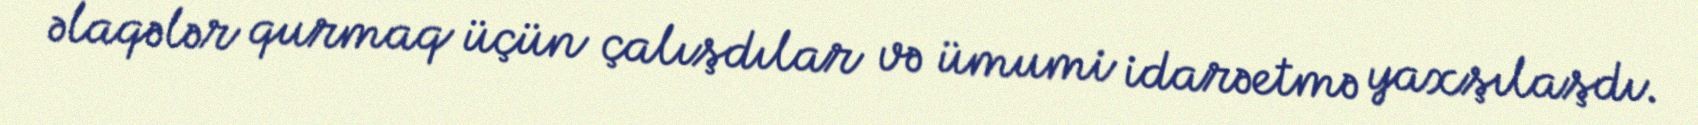
əlaqələr qurmaq üçün çalışdılar və ümumi idarəetmə yaxşılaşdı.